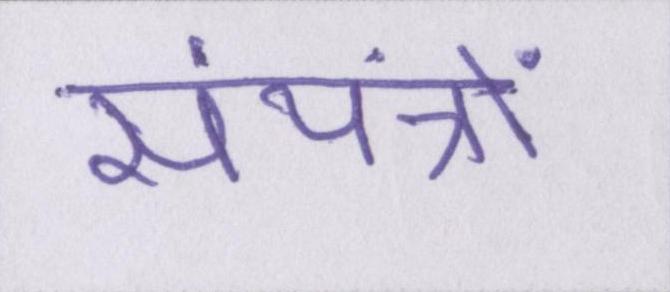
संयंत्रों